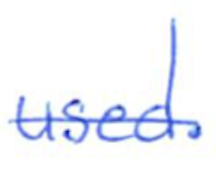
Text: used.
Cross-out: single-line
Writing tool: ballpoint